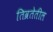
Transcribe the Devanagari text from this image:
तिव्रतेतील